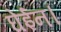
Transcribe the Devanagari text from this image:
घेईन।